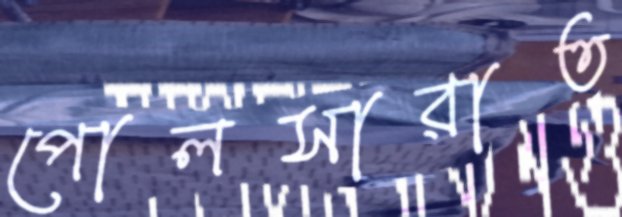
পোলসারাত